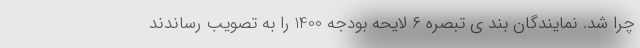
چرا شد. نمایندگان بند ی تبصره ۶ لایحه بودجه 1400 را به تصویب رساندند